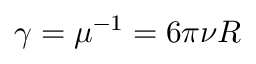
\gamma = \mu ^ { - 1 } = 6 \pi \nu R